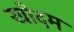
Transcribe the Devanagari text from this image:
खोदम